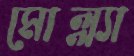
মোল্ল্যা